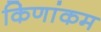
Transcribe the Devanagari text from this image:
किणांकम